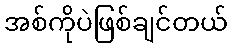
အစ်ကိုပဲဖြစ်ချင်တယ်